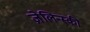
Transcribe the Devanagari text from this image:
ज़ेलिन्स्की